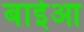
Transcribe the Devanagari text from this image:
बाईआ